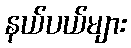
နယ်ပယ်များ